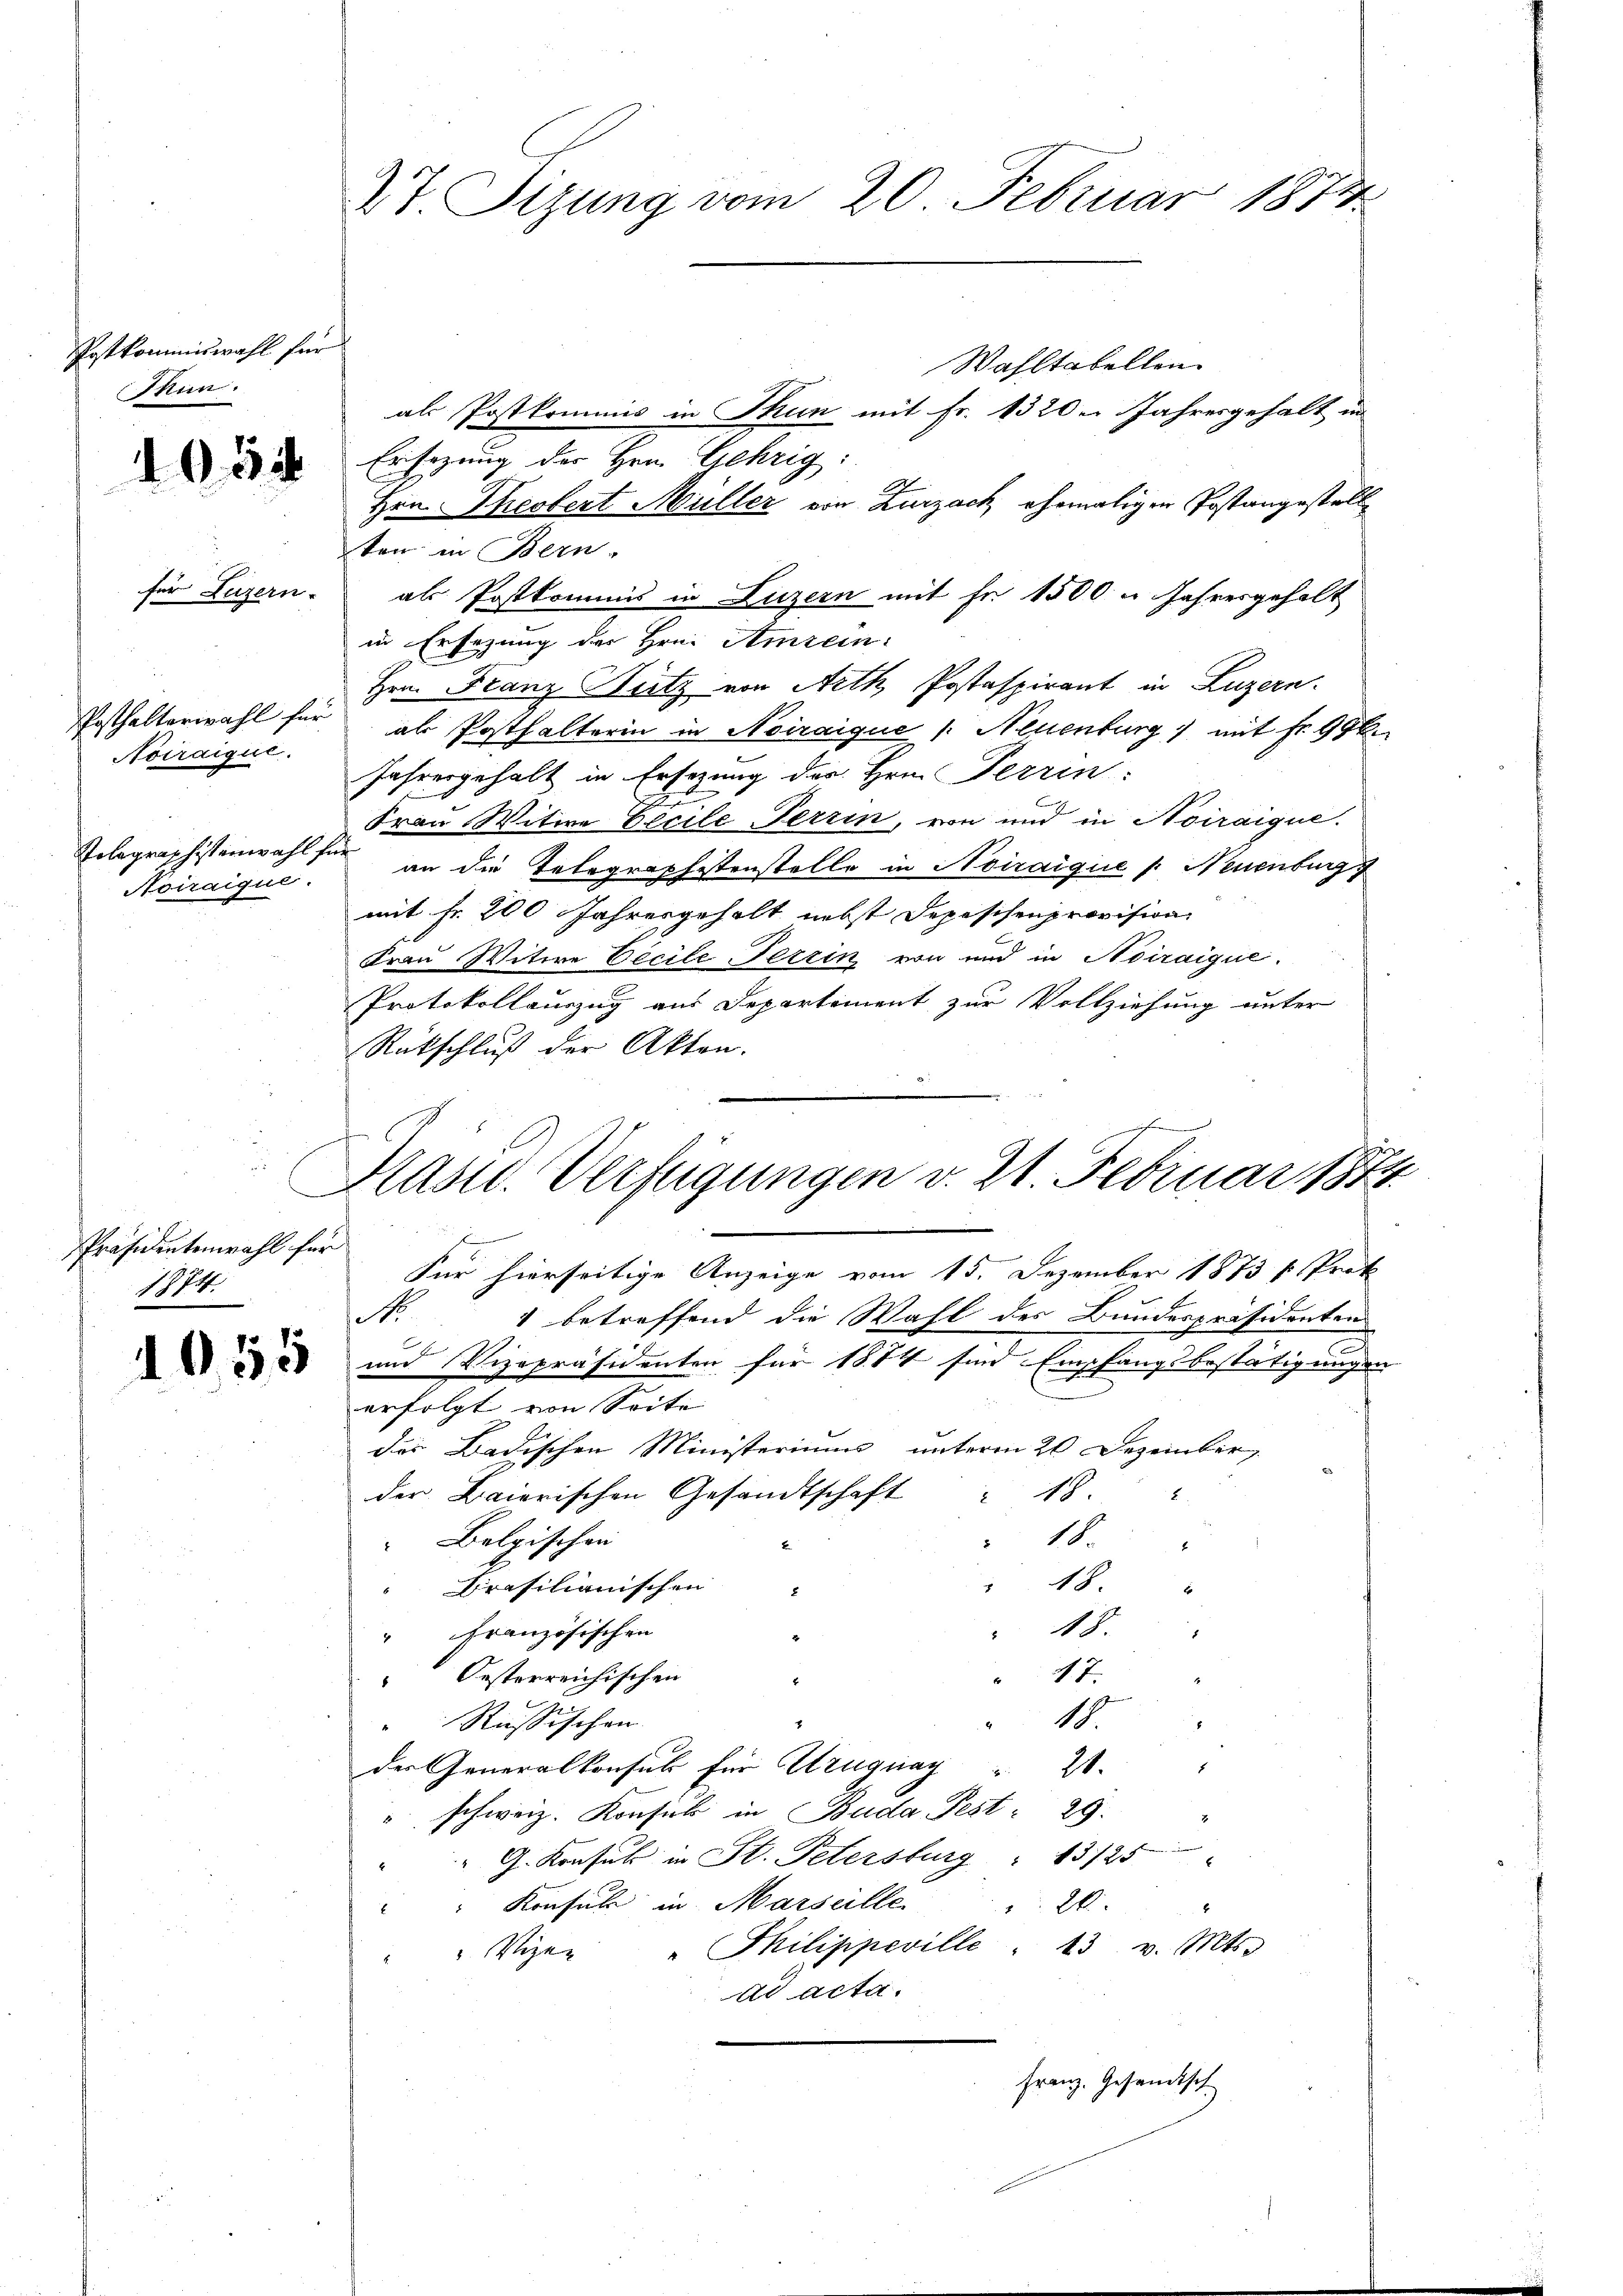
Postkommiswahl für
Jun.

1054

für Luzern.

Posthalterwahl für
Noiraigue.

Noiraique.

Wahltabellen
als Postkommis in Thun mit Fr. 1320. Jahresgehalt in
Ersezung der Hrn. Gehrig
Hrn. Theobert Müller von Zurzach, ehemaligen Postangestell
ten in Bern.
als Postkommis in Luzern mit Fr. 1500 u Jahresgehalt
in Ersezung der Frei Amzein:
Hrn. Franz Sutz von Arth Postaspirant in Luzern.
als Posthalterin in Noiraique /: Neuenburg) mit Fr. 99 f.
Jahresgehalt in Ersezung der Hrn. Terrin
d
Frau Witwe Eecile Ferrin, von und in Noiraique.
Polographistenwahl für an die Telegraphistenstelle in Noiraiguie /: Neuenburg
mit fr. 200 Jahresgehalt nebst Depeschenprovision
Frau Witwe Eecile Terrin von und in Noiraique.
Protokollauszug aus Departement zur Vollziehung unter
Rückschluß der Akten.
l
Für hierseitige Anzeige vom 15. Dezember 1873 strete
1
1 betreffend die Wahl des Bundespräsidenten
2 und Vizepräsidenten für 1874 sind Empfangsbestätigungen
erfolgt von Seite
des Badischen Ministeriums unterm 20 Dezember,
der Baierischen Gesandtschaft " 18.
8
Belgischen |
18.
" 18.
Brasilianischen
" 48.
“ Französischen
47.
Oesterreichischen
11.
Russischen
der Generalkonsul für Uruguay
11.
7
schweiz. Konsul in Buda Fest: 29.
" G. Konsul in St. Petersburg " 13125
"" Konsul in Marseille
26
" Vize- " Philippeville. 13 v. Mts.
ad acta.
Franz. Gesandtsch

Präsidentenwahl für
1874.

27. Sizung vom 20. Februar 1874.

Präsid. Verfügungen v. 21. Februar 1874.